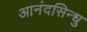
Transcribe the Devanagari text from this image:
आनंदसिन्धु